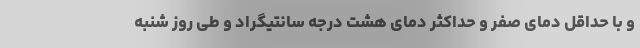
و با حداقل دمای صفر و حداکثر دمای هشت درجه سانتیگراد و طی روز شنبه